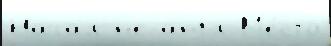
Начал н'е англ М'е́сто